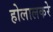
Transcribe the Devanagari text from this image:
होलालकरे